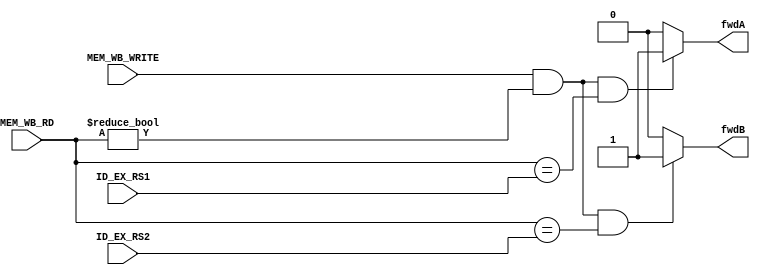
/*********************************************************
 *
 *  Module: forwardingUnit.v
 *  Project: Hunter_RV32
 *  Description: Forwarding Control Unit
 *
 *********************************************************/
 `timescale 1ns/1ns
 
module forwardingUnit(MEM_WB_RD, ID_EX_RS1, ID_EX_RS2, MEM_WB_WRITE, fwdA, fwdB);

    input       [4:0]   MEM_WB_RD;
    input       [4:0]   ID_EX_RS1;
    input       [4:0]   ID_EX_RS2;
    input               MEM_WB_WRITE; 
    output reg  [0:0]   fwdA;
    output reg  [0:0]   fwdB;
    
    always @ (*) begin
        if (MEM_WB_WRITE && (MEM_WB_RD != 5'd0) && (MEM_WB_RD == ID_EX_RS1))
            fwdA = 1'b1;
        else 
            fwdA = 1'b0;
        if (MEM_WB_WRITE && (MEM_WB_RD != 5'd0) && (MEM_WB_RD == ID_EX_RS2))
            fwdB = 1'b1;
        else
            fwdB = 1'b0;
    end
    
endmodule